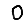
Digit: 0